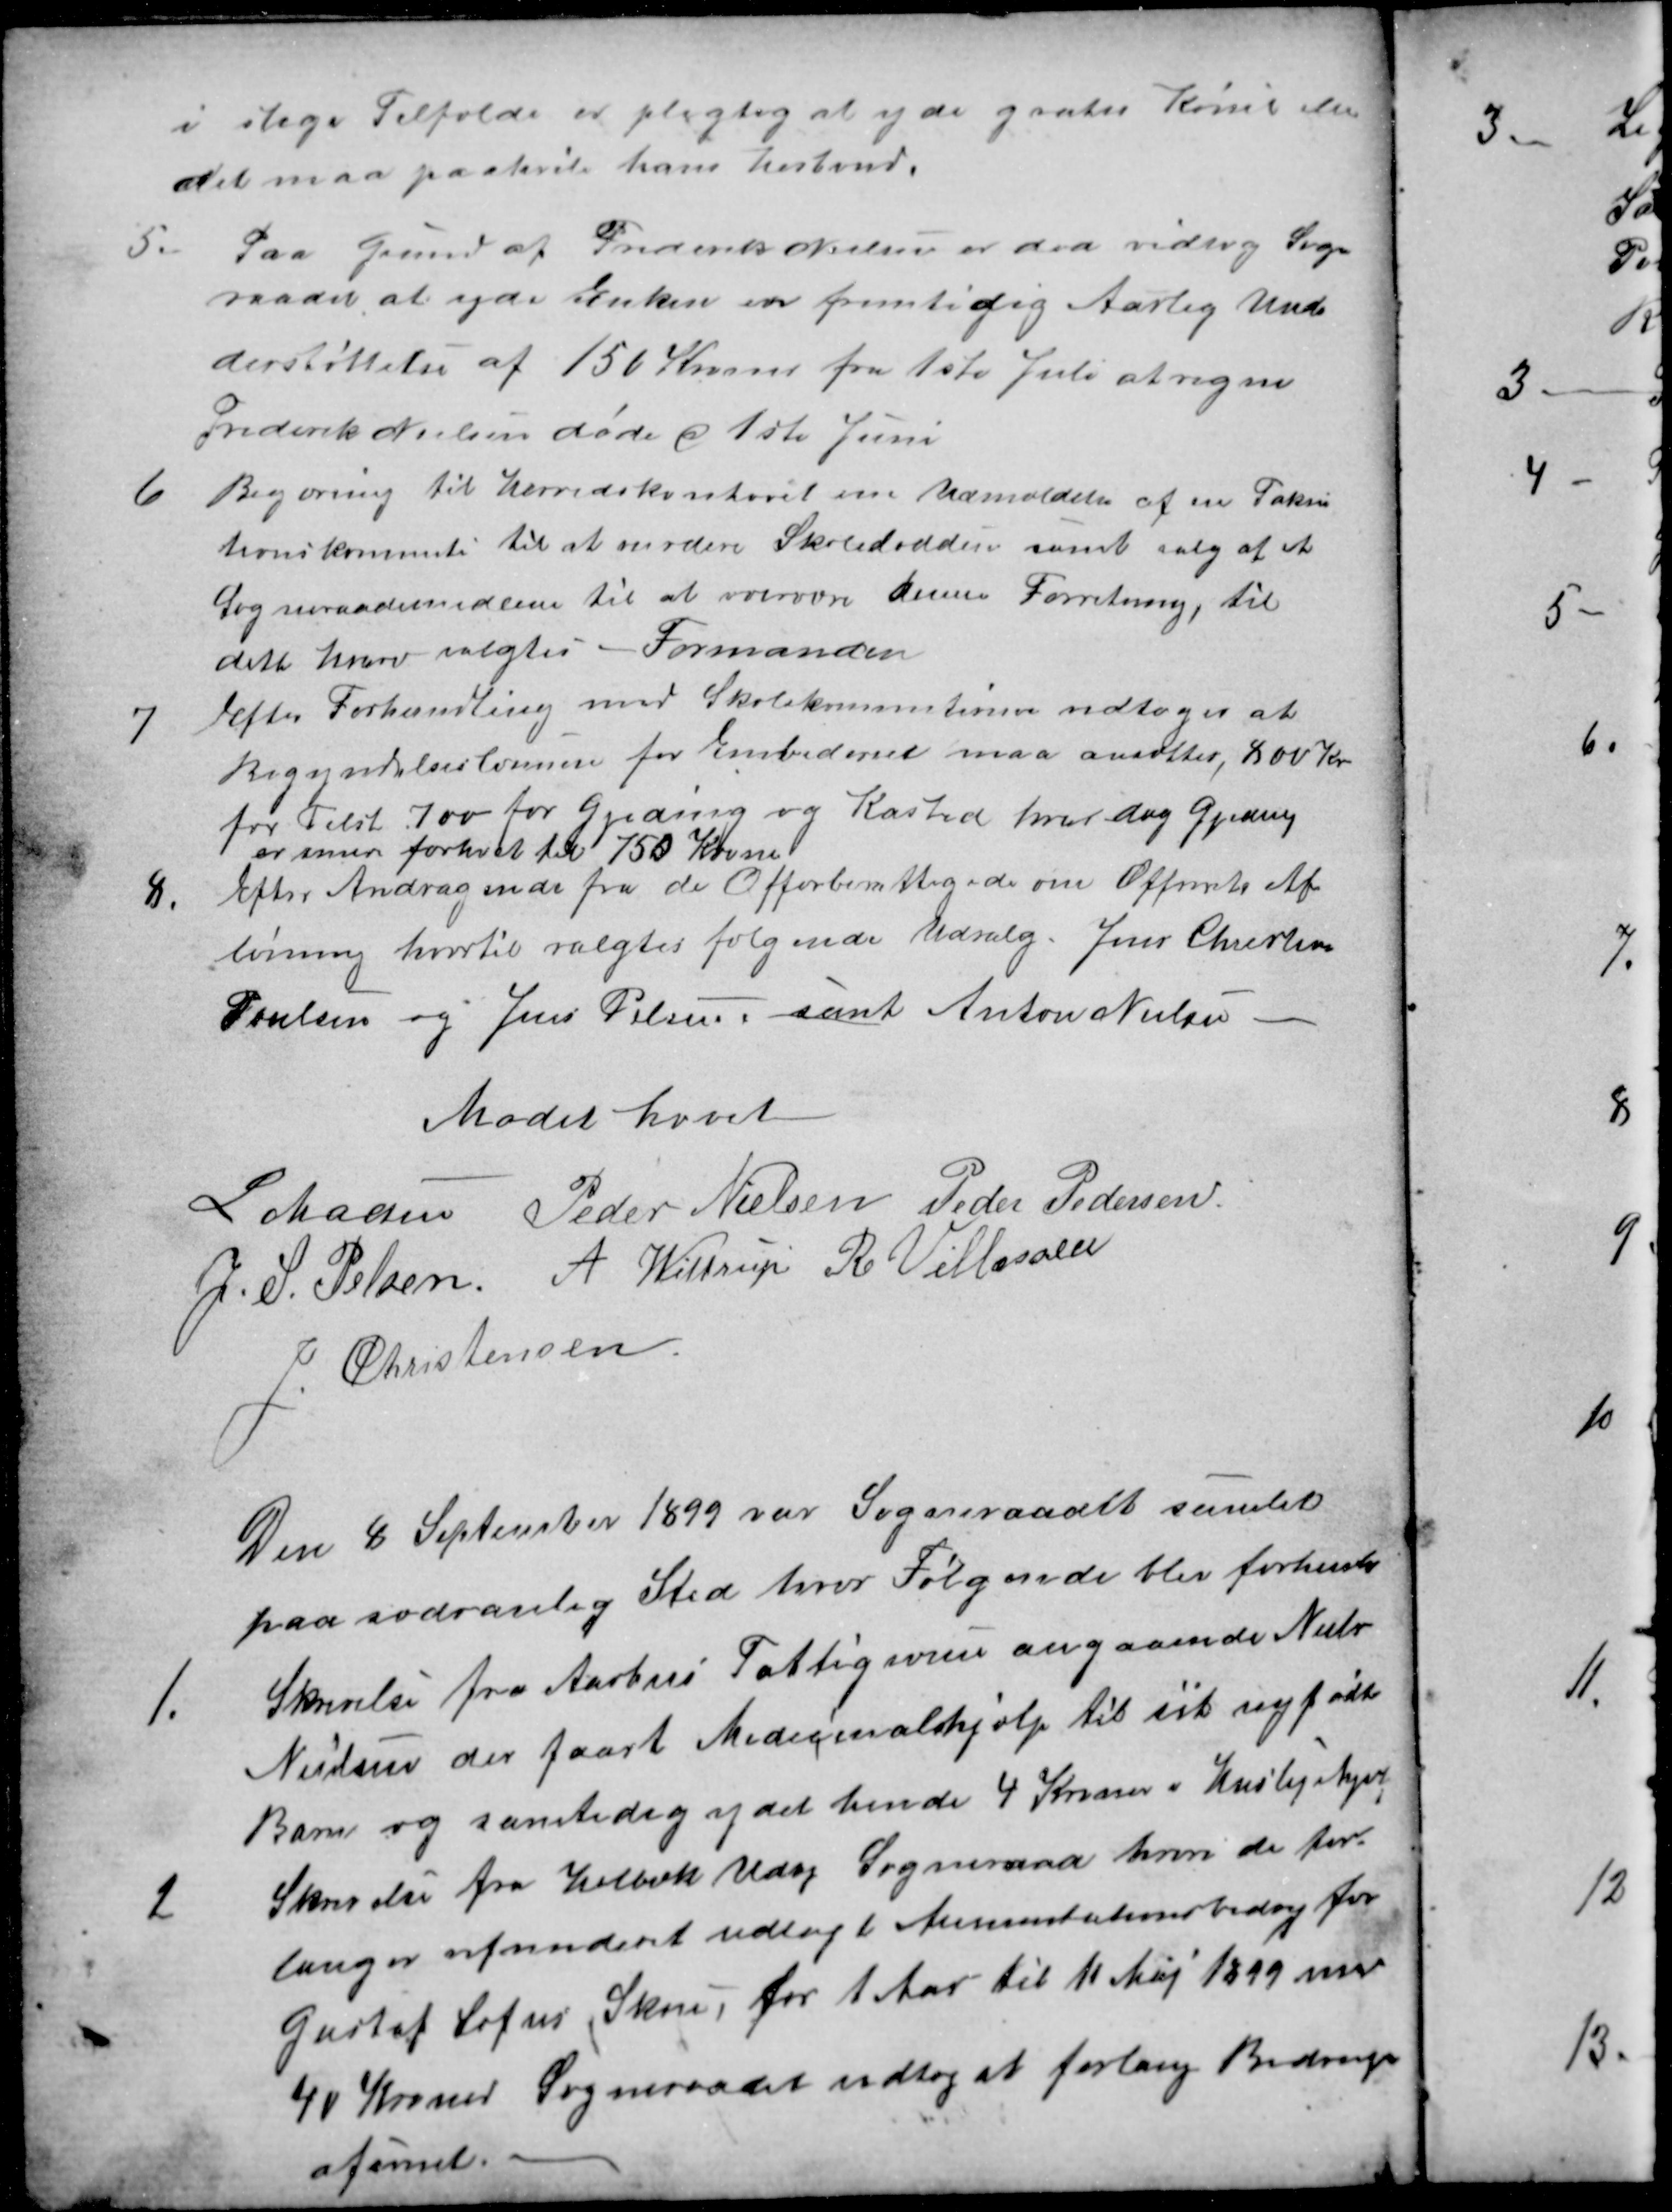
Transskription:
i slige Tilfælde er pligtig at yde gratis Kørsel eller
det maa paahvile hans husbond.
5.
Paa Grund af Frederik Nielsen er død vedtog Sogn
raadet at yde Enken en fremtidig Aarlig Und-
derstøttelse af 150 Kroner fra 1ste Juli at regne
Frederik Nielsen døde d 1ste Juni
6
Begæring til Herredskontoret om Udmældelse af en Taksi
tionskommite til at vurdere Skolelodden samt valg af et
Sogneraadsmedlem til at overvære denne Forretning, til
dette hverv valgtes Formanden
7
Efter Forhandling med Skolekommitionen vedtoges at
Begyndelseslønnen for Embederne maa ansættes, 800 Kr
for Tilst 700 for Gjeding og Kasted hvor dog Gjeding
er senere forhøiet til 750 Krone
8.
Efter Andragende fra de Offerberettigede om Offerets Af-
løsning hvortil valgtes følgende Udvalg. Jens Christian
Poulsen og Jens Pelsen, samt Anton Nielsen -
Mødet hævet
L Madsen
Peder Nielsen
Peder Pedersen
J. S. Pelsen
A. Wittrup
R. Villassen
J. Christensen
Den 8 September 1899 var Sogneraadet samlet
paa sædvanlig Sted hvor følgende blev forhandlet
1.
Skrivelse fra Aarhus Fattigvæsen angaaende Niels
Nielsen der faaet Medicinalhjælp til sit nyfødte
Barn og samtidig ydet hende 4 Kroner i Huslejehjælp
2
Skrivelse fra Holbæk Udby Sogneraad hvori de for-
langer refunderet udlagt Alimentationsbidrag for
Gustaf Sofus Skou, for 1 Aar til 11 Maj 1899 med
40 Kroner Sogneraadet vedtog at forlang Bidraget
afsonet.